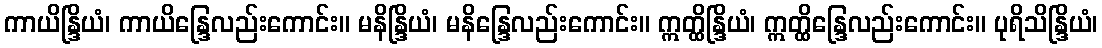
ကာယိန္ဒြိယံ၊ ကာယိန္ဒြေလည်းကောင်း။ မနိန္ဒြိယံ၊ မနိန္ဒြေလည်းကောင်း။ ဣတ္ထိန္ဒြိယံ၊ ဣတ္ထိန္ဒြေလည်းကောင်း။ ပုရိသိန္ဒြိယံ၊